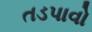
તડપાવો